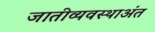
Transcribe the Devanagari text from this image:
जातीव्यवस्थाअंत